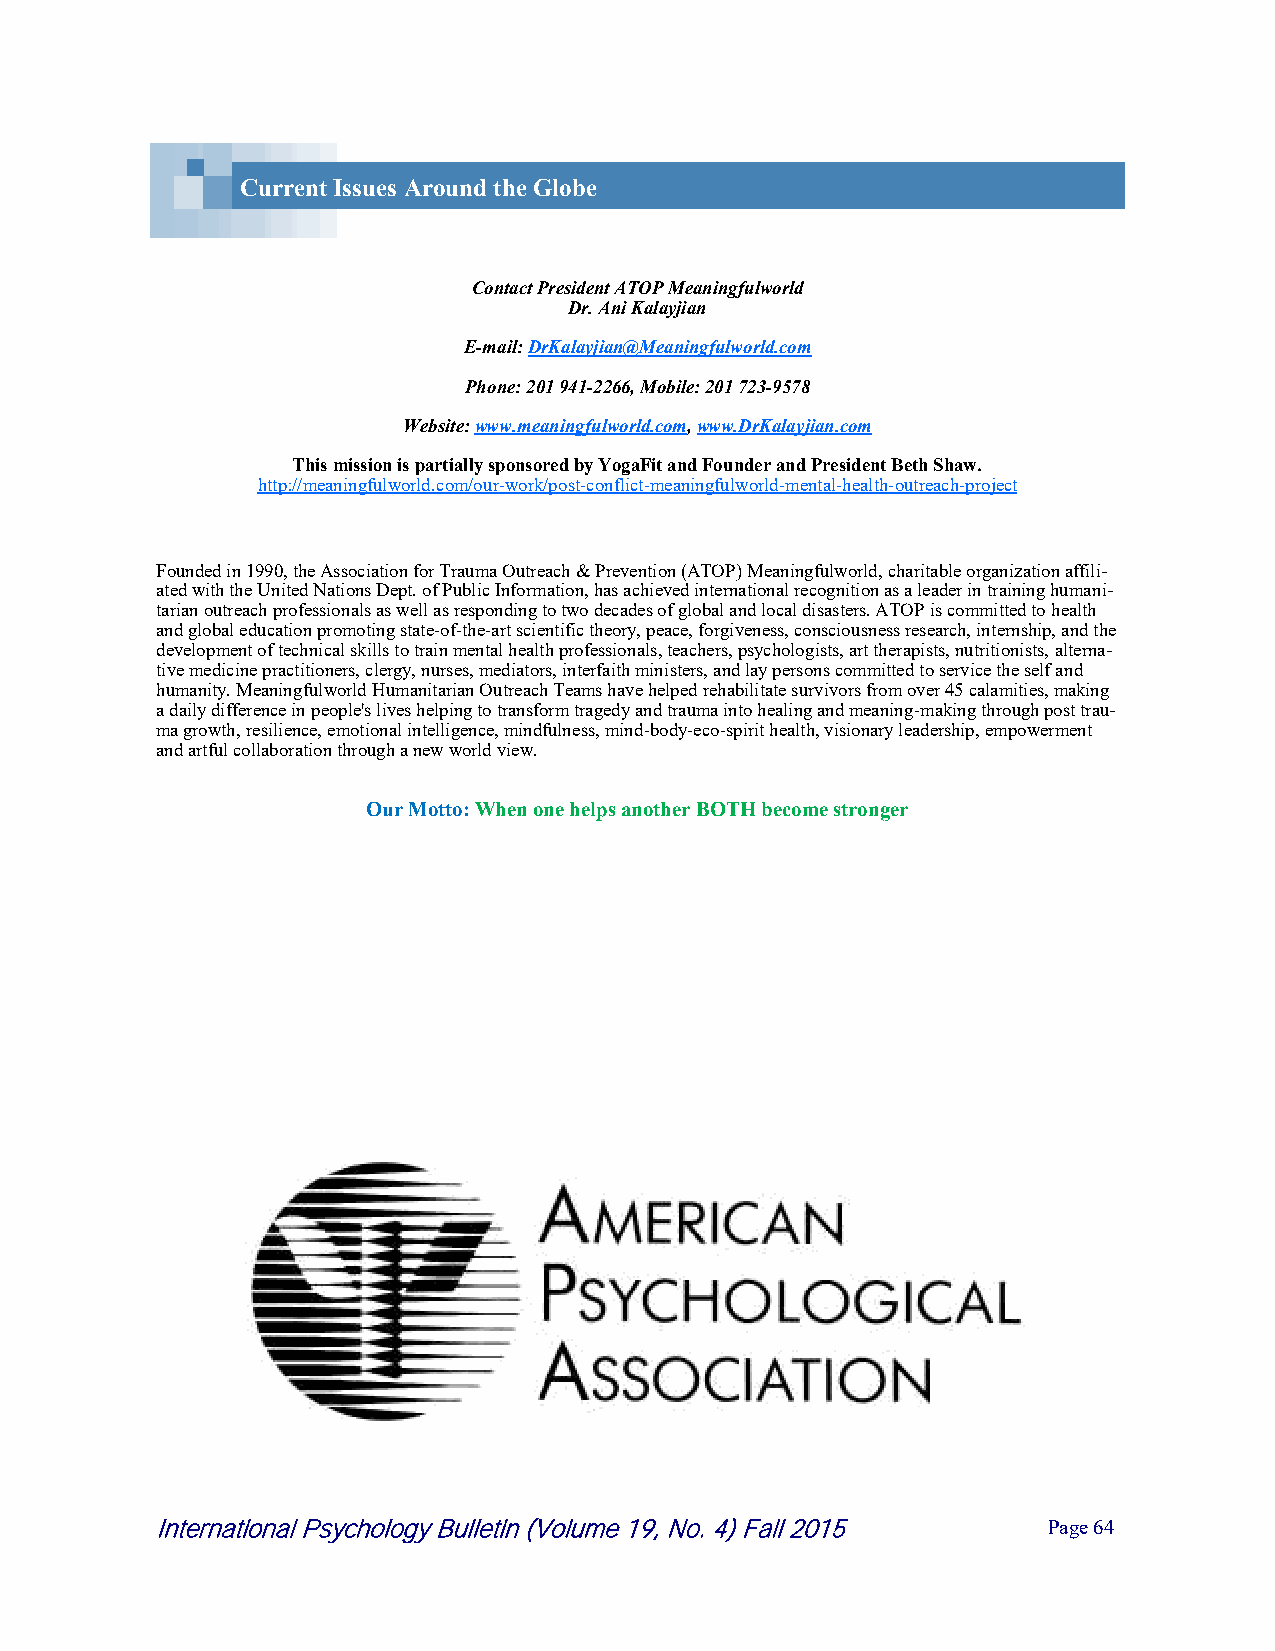
Current Issues Around the Globe
 Contact President ATOP Meaningfulworld
 Dr. Ani Kalayjian
 E-mail: DrKalayjian@Meaningfulworld.com
 Phone: 201 941-2266, Mobile: 201 723-9578
 Website: www.meaningfulworld.com, www.DrKalayjian.com
 This mission is partially sponsored by YogaFit and Founder and President Beth Shaw.
 http://meaningfulworld.com/our-work/post-conflict-meaningfulworld-mental-health-outreach-project
 Founded in 1990, the Association for Trauma Outreach & Prevention (ATOP) Meaningfulworld, charitable organization affili-
 ated with the United Nations Dept. of Public Information, has achieved international recognition as a leader in training humani-
 tarian outreach professionals as well as responding to two decades of global and local disasters. ATOP is committed to health
 and global education promoting state-of-the-art scientific theory, peace, forgiveness, consciousness research, internship, and the
 development of technical skills to train mental health professionals, teachers, psychologists, art therapists, nutritionists, alterna-
 tive medicine practitioners, clergy, nurses, mediators, interfaith ministers, and lay persons committed to service the self and
 humanity. Meaningfulworld Humanitarian Outreach Teams have helped rehabilitate survivors from over 45 calamities, making
 a daily difference in people's lives helping to transform tragedy and trauma into healing and meaning-making through post trau-
 ma growth, resilience, emotional intelligence, mindfulness, mind-body-eco-spirit health, visionary leadership, empowerment
 and artful collaboration through a new world view.
 Our Motto: When one helps another BOTH become stronger
 International Psychology Bulletin (Volume 19, No. 4) Fall 2015 P a g e 6 4